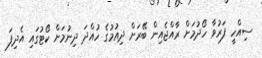
ސިއްހީ ފަރުވާ ހޯދުމަށް ރާއްޖެއިން ބޭރަށް ދިއުމުގެ ހުއްދަ ދިނުމަށް ކޯޓުގައި އެދިފަ